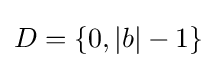
D=\{0,|b|-1\}